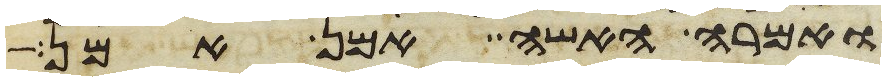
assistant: ואמרה האשה אמן אמן